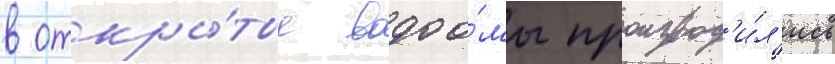
в откры́тые водоо́мы производ'и́л'ись